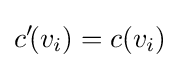
c'\!(v_{i})=c(v_{i})